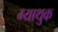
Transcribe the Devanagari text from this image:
ग्याथुक